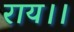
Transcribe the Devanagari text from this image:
राय।।